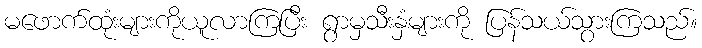
မဖောက်ထုံးများကိုယူလာကြပြီး ရွာမှသီးနှံများကို ပြန်သယ်သွားကြသည်။